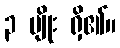
၃ မျိုး ရှိ၏။